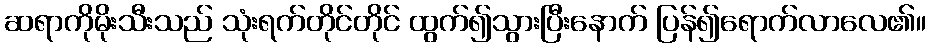
ဆရာကိုမိုးသီးသည် သုံးရက်တိုင်တိုင် ထွက်၍သွားပြီးနောက် ပြန်၍ရောက်လာလေ၏။